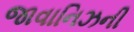
જાવાનિઝની